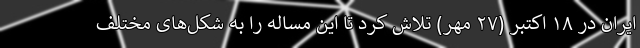
ایران در ۱۸ اکتبر (۲۷ مهر) تلاش کرد تا این مساله را به شکل‌های مختلف